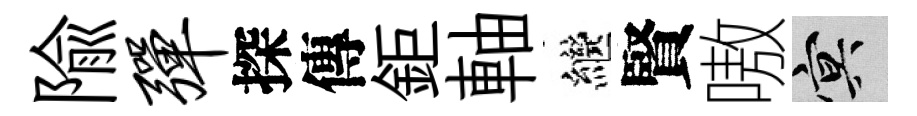
隃弹探傳鉅軸繼賢嗷冥